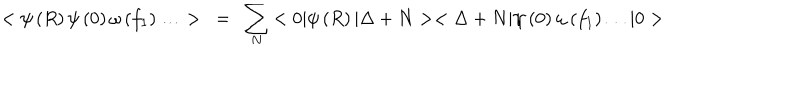
LaTeX: < \psi \left( R \right) \psi \left( 0 \right) \omega \left( f _ { 1 } \right) \ldots > ~ = ~ \sum _ { N } { < 0 | \psi \left( R \right) | \Delta + N > < \Delta + N | \psi \left( 0 \right) \omega \left( f _ { 1 } \right) \ldots | 0 > }